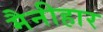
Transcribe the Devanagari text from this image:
मैनीहार